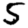
Digit: 5